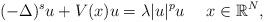
LaTeX: \begin{align*}(-\Delta)^s u + V(x)u = \lambda|u|^{p}u\ \ \ \ x\in \mathbb{R}^N,\end{align*}